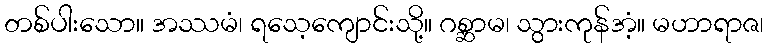
တစ်ပါးသော။ အဿမံ၊ ရသေ့ကျောင်းသို့။ ဂစ္ဆာမ၊ သွားကုန်အံ့။ မဟာရာဇ၊